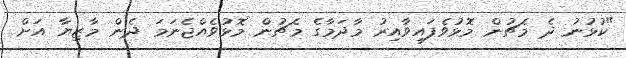
"ކުޅުނު ދެ މެޗުން މޮޅުވެފައިވާއިރު މާދަމާގެ މެޗުން މޮޅުވެއްޖެނަމަ ދެން މާޒިޔާ އަށް